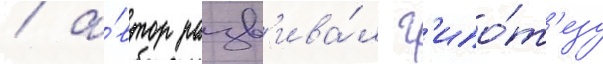
/ а́втор разв'ива́л г'ипо́т'езу